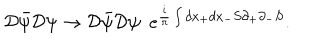
{ \cal D } { \bar { \psi } } { \cal D } \psi \rightarrow { \cal D } { \bar { \psi } } { \cal D } \psi \, \, \, { \displaystyle e } ^ { \frac { i } { \pi } \int d x _ { + } d x _ { - } S \partial _ { + } \partial _ { - } S } .